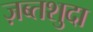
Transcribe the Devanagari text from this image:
ज़ब्तशुदा